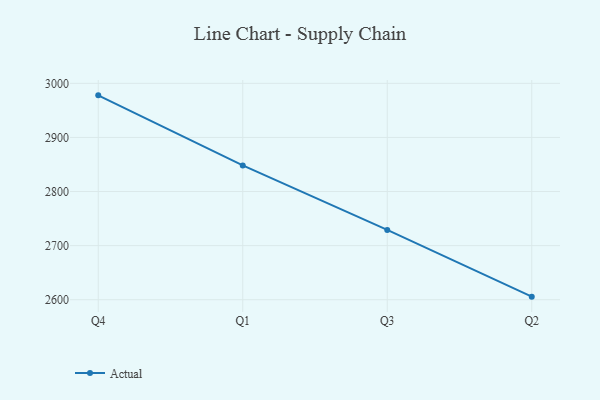
{"axis": {"x": "Quarter", "y": "Bounce Rate (%)"}, "legend": ["Actual"], "data": [{"x": "Q4", "y": 2977.8, "type": "Actual"}, {"x": "Q1", "y": 2848.2, "type": "Actual"}, {"x": "Q3", "y": 2729.1, "type": "Actual"}, {"x": "Q2", "y": 2605.7, "type": "Actual"}]}